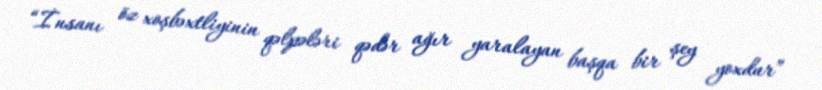
“İnsanı öz xoşbəxtliyinin qəlpələri qədər ağır yaralayan başqa bir şey yoxdur”